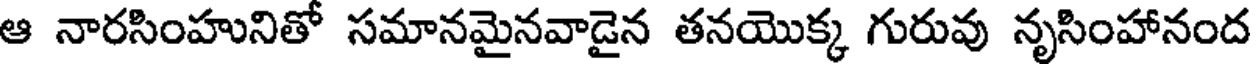
ఆ నారసింహునితో సమానమైనవాడైన తనయొక్క గురువు నృసింహానంద